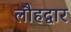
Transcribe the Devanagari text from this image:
लौहद्वार